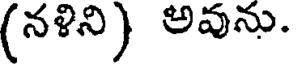
(నళిని) అవును.